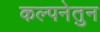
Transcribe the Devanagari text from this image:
कल्पनेतुन